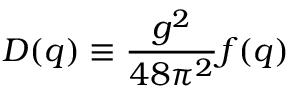
D ( q ) \equiv \frac { g ^ { 2 } } { 4 8 \pi ^ { 2 } } f ( q )